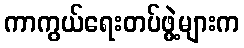
ကာကွယ်ရေးတပ်ဖွဲ့များက